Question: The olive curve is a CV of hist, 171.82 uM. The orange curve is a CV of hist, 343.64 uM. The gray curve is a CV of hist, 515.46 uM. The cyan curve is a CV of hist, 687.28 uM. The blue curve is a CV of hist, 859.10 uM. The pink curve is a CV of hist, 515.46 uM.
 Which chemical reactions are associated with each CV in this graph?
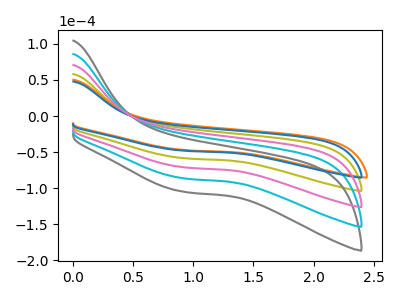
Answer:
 <answer>The olive curve is labeled "hist, 171.82 uM". The orange curve is labeled "hist, 343.64 uM". The gray curve is labeled "hist, 515.46 uM". The cyan curve is labeled "hist, 687.28 uM". The blue curve is labeled "hist, 859.10 uM". The pink curve is labeled "hist, 515.46 uM".</answer>
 <eval></eval>